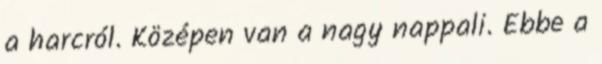
a harcról. Középen van a nagy nappali. Ebbe a